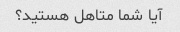
آیا شما متاهل هستید؟